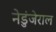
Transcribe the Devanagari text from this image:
नेडुंजेराल